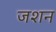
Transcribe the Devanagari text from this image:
जशन